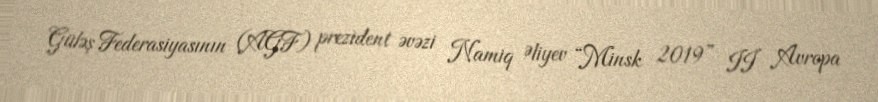
Güləş Federasiyasının (AGF) prezident əvəzi Namiq Əliyev “Minsk 2019” II Avropa